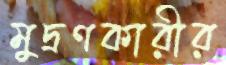
মুদ্রণকারীর